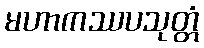
မဟာကဿပသုတ္တံ